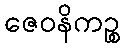
ဇေဝနိကဉ္စ